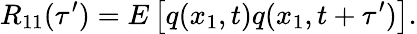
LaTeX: R_{11}(\tau^{\prime})=E\left[q(x_{1},t)q(x_{1},t+\tau^{\prime})\right].